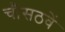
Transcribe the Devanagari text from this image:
चौसठवें